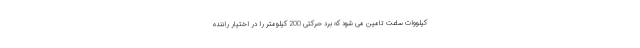
کیلووات ساعت تامین می شود که برد حرکتی 200 کیلومتر را در اختیار راننده